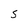
Character: 5